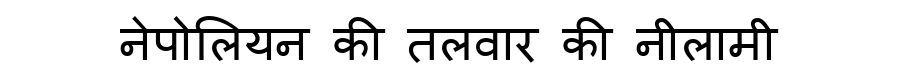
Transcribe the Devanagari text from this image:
नेपोलियन की तलवार की नीलामी